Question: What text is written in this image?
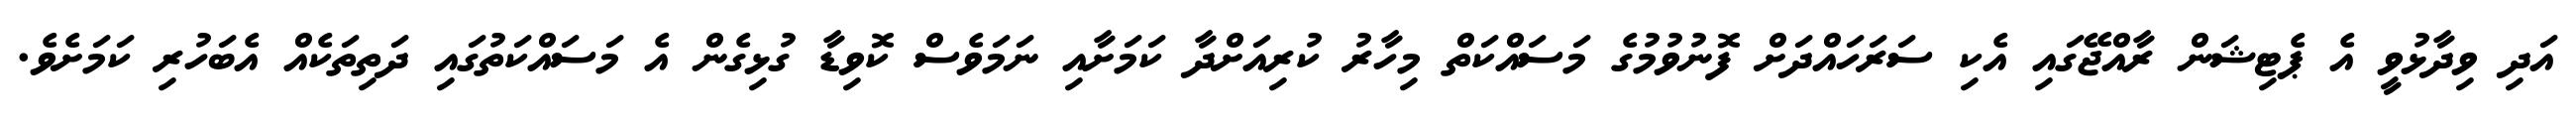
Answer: އަދި ވިދާޅުވީ އެ ޕެޓިޝަން ރާއްޖޭގައި އެކި ސަރަހައްދަށް ފޮނުވުމުގެ މަސައްކަތް މިހާރު ކުރިއަށްދާ ކަމަށާއި ނަމަވެސް ކޮވިޑާ ގުޅިގެން އެ މަސައްކަތުގައި ދަތިތަކެއް އެބަހުރި ކަމަށެވެ.